Lunatic asylums in Bengal annual reports 1912-1924 - 1912-1924
Year: 1912
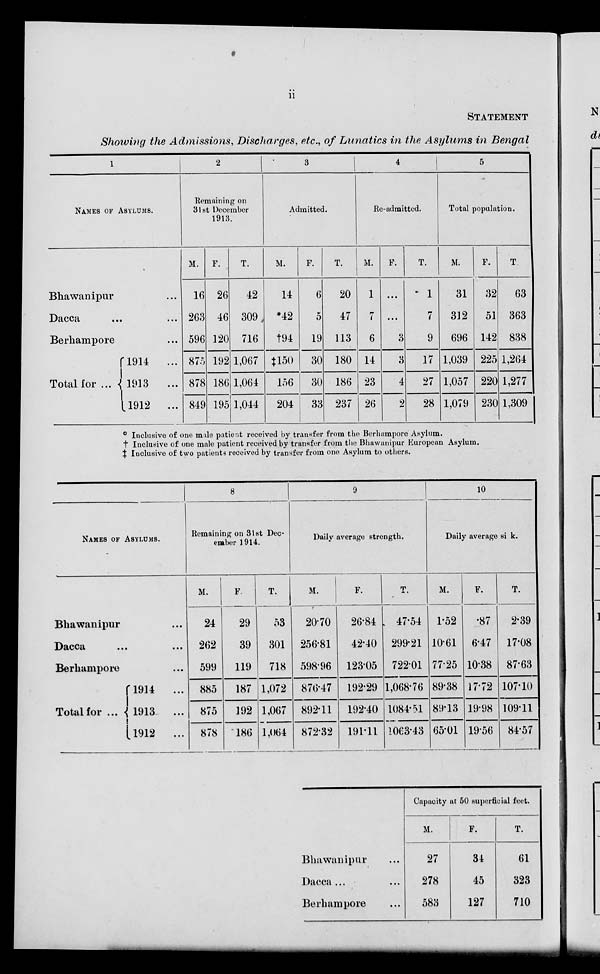
ii
STATEMENT
Showing the Admissions, Discharges, etc., of Lunatics in the Asylums in Bengal
1
NAMES OF ASYLUMS.
Bhawanipur ...
Dacca
...
...
Berhampore ...
Total for ...
1914
...
1913
...
1912
...
2
Remaining on
31st December
1913.
M.
16
263
596
875
878
849
F.
26
46
120
192
186
195
T.
42
309
716
1,067
1,064
1,044
3
Admitted.
M.
14
*42
†94
‡150
156
204
F.
6
5
19
30
30
33
T.
20
47
113
180
186
237
4
Re-admitted.
M.
1
7
6
14
23
26
F.
...
...
3
3
4
2
T.
1
7
9
17
27
28
5
Total population.
M.
31
312
696
1,039
1,057
1,079
F.
32
51
142
225
220
230
T.
63
363
838
1,264
1,277
1,309
° Inclusive of one male patient received by transfer from the Berhampore Asylum.
† Inclusive of one male patient received by transfer from the Bhawanipur European Asylum.
‡ Inclusive of two patients received by transfer from one Asylum to others.
NAMES OF ASYLUMS.
Bhawanipur ...
Dacca ... ...
Berhampore ... ...
Total for ...
1914
...
1913
...
1912
...
8
Remaining on 31st Dec-
ember 1914.
M.
24
262
599
885
875
878
F.
29
39
119
187
192
186
T.
53
301
718
1,072
1,067
1,064
9
Daily average strength.
M.
20.70
256.81
598.96
876.47
892.11
872.32
F.
26.84
42.40
123.05
192.29
192.40
191.11
T.
47.54
299.21
722.01
1,068.76
1084.51
1063.43
10
Daily average sick.
M.
1.52
10.61
77.25
89.38
89.13
65.01
F.
.87
6.47
10.38
17.72
19.98
19.56
T.
2.39
17.08
87.63
107.10
109.11
84.57
Bhawanipur ...
Dacca ... ...
Berhampore ...
Capacity at 50 superficial feet.
M.
27
278
583
F.
34
45
127
T.
61
323
710